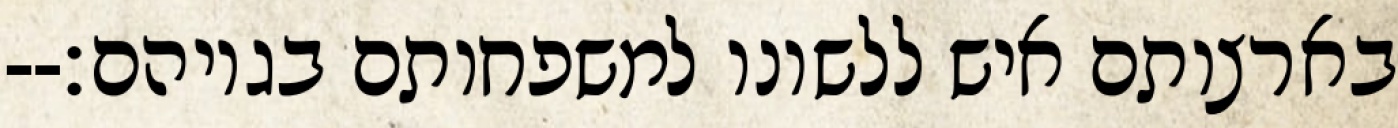
בארצותם איש ללשונו למשפחותם בגויהם׃--